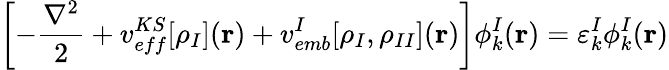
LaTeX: \left[-\frac{\nabla^{2}}{2}+v_{eff}^{KS}[\rho_{I}](\textbf{r})+v_{emb}^{I}[\rho_{I},\rho_{II}](\textbf{r})\right]\phi_{k}^{I}(\textbf{r})=\varepsilon_{k}^{I}\phi_{k}^{I}(\textbf{r})